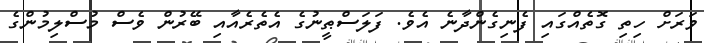
ވަރަށް ހިތި ގޮތެއްގައި ފެނިގެންދާނެ އެވެ. ފަލަސްޠީނުގެ އެތެރެއާއި ބޭރުން ވެސް މުސްލިމުންގެ